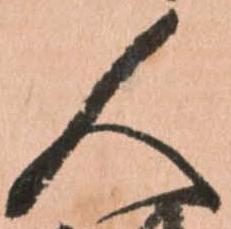
人